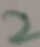
Text: 2